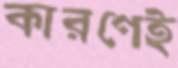
কারণেই